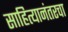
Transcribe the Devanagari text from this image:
साहित्यानंतरचा